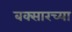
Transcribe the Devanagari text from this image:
बक्सारच्या